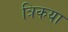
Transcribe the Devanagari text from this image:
त्रिकया